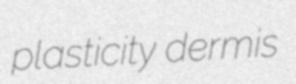
plasticity dermis